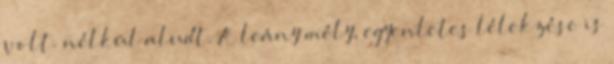
volt. nélkül aludt. A leány mély, egyenletes lélekzése is